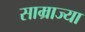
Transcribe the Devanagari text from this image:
साम्राज्या